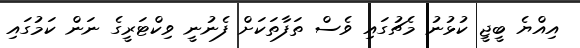
އިއްޔެ ބީޖީ ކުޅުނު މެޗުގައި ވެސް ތަފާތަކަށް ފެނުނީ ވިކްޓަރީގެ ނަން ކަމުގައި